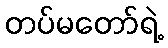
တပ်မတော်ရဲ့